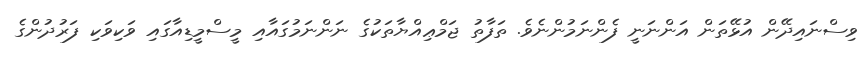
ވިސްނައިދޭން އުޅޭތަން އަންނަނީ ފެންނަމުންނެވެ. ތަފާތު ޖަމްޢިއްޔާތަކުގެ ނަންނަމުގައާއި މީސްމީޑިއާގައި ވަކިވަކި ފަރުދުންގެ